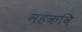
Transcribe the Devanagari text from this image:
महकवि